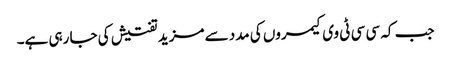
جب کہ سی سی ٹی وی کیمروں کی مدد سے مزید تفتیش کی جا رہی ہے۔